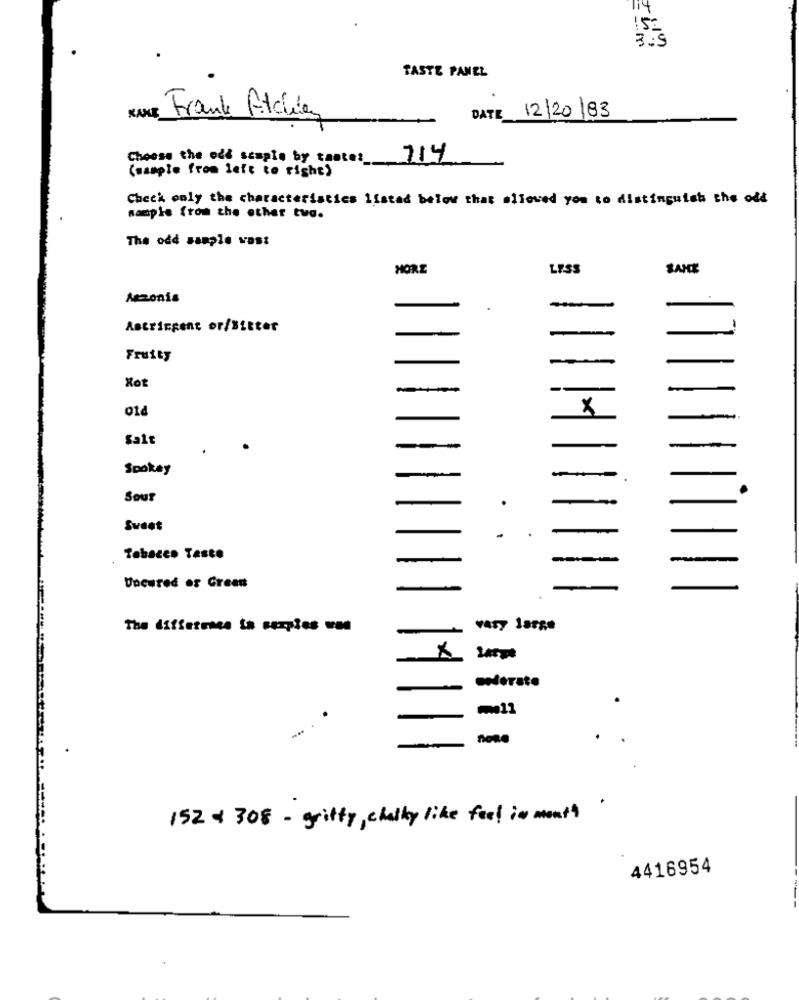
TASTE PANEL
DATE 12/20/83
NAME Frank Fichier
Choose the odd sample by tantes_
714
(sample from left to right')
Check only the characteristics listed below that allowed yon to distinguish the odd
sample from the other tua.
The odd sample vast
HORE
LESS
SANCE
Aszonis
Astringent or/Bitter
Fruity
01d
X
-
Salt
-
-
Spokay
Sour
Sweet
.
Tobacco Teste
Uncured or Green
The diffetrace ta corpies une
-
Very large
×
152 + 308 - gritty, chelly like feel in month
4416954